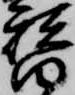
替